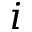
i